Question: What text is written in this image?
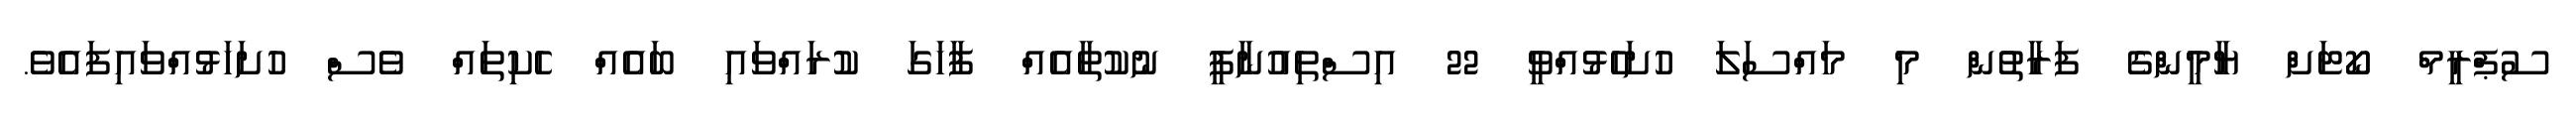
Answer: ސުޕްރީމް ކޯޓަށް ޔާމީންގެ ފަރާތުން މި މައްސަލަ ހުށަހެޅުއްވީ 22 އިސްތިއުނާފީ ނުކުތާއެއް ފާހަގަ ކުރައްވައި ބައެއް ހެކިތައް ވެސް ހުށަހަޅުއްވައިފައެވެ.